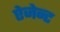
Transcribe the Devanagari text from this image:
ऐजेन्‍ट